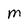
Character: M